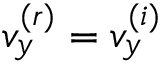
v _ { y } ^ { ( r ) } = v _ { y } ^ { ( i ) }